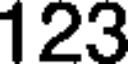
123